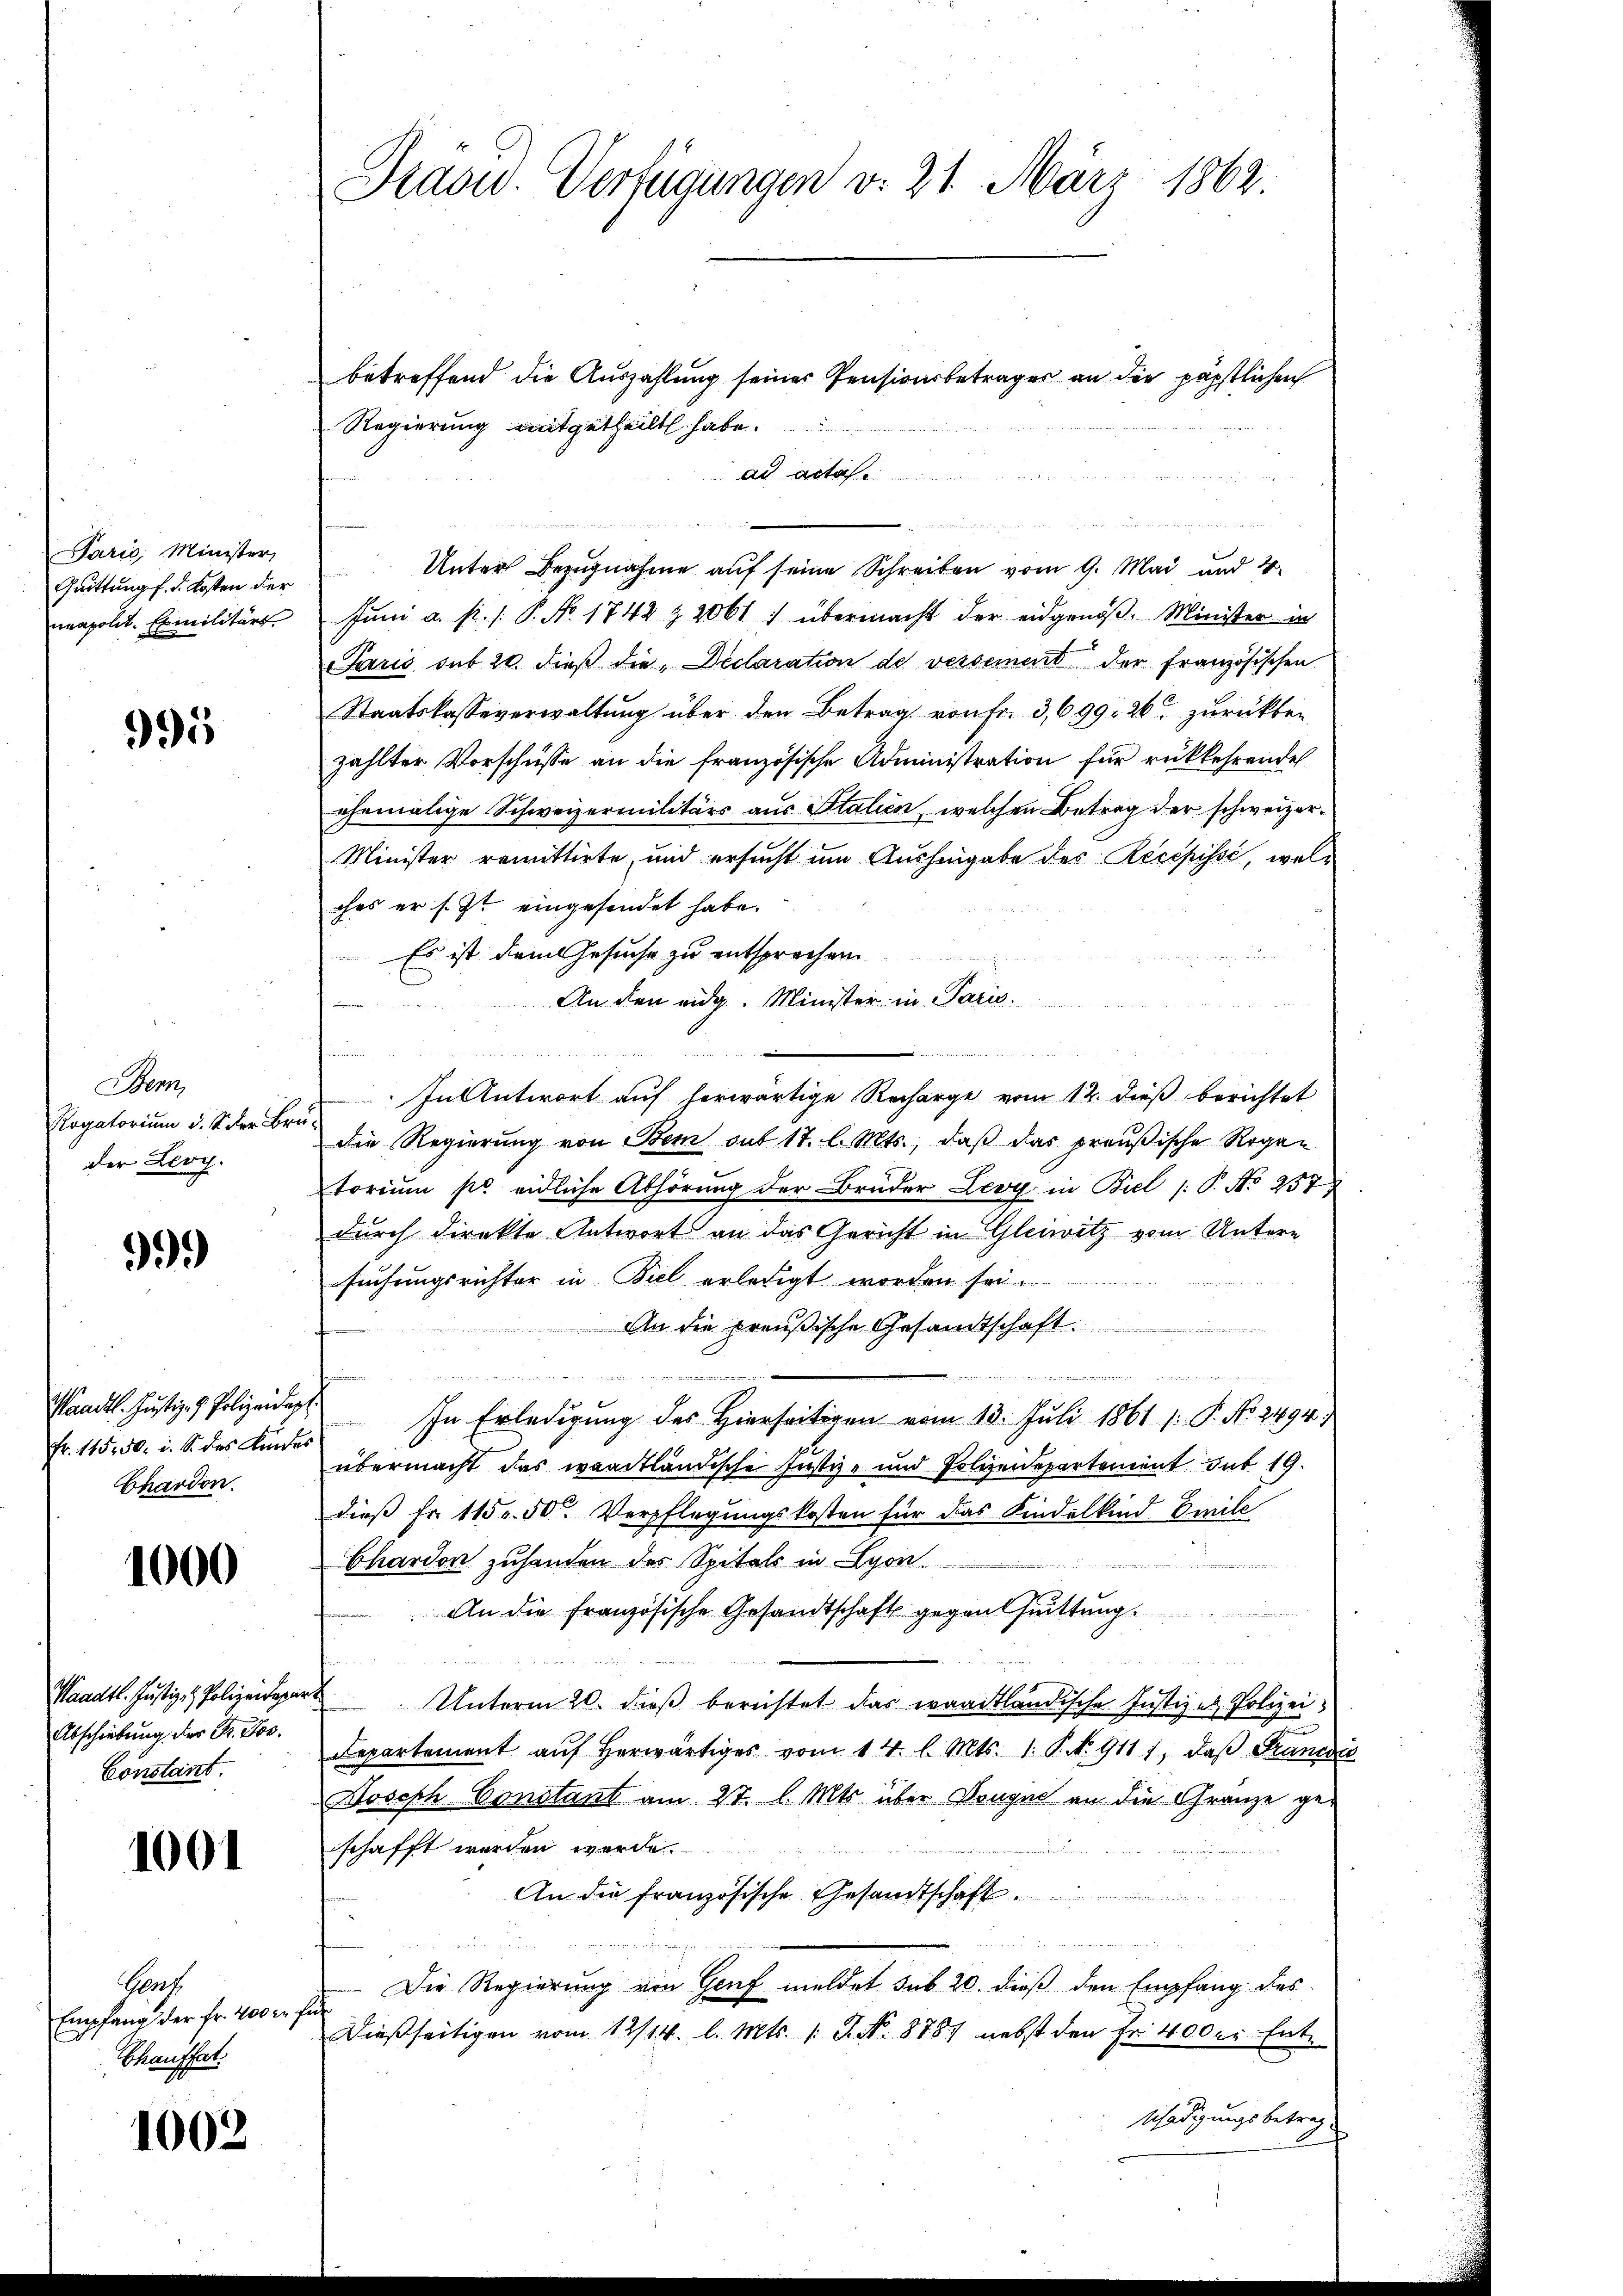
Paris, Minister,
Quittung f. d. Kosten der
neapolit. Emilitärs

991

Ben
Rogatorium d. M. der Br.
der Leoy.

999

Waadt. Justiz- & Polizeideg
Fr. 11550 u. S. des Kinde
bhardon.

1000

Waadt. Justiz- & Polizeitage
Abschiebung der Dr. Jos.
Constant.

1001

Prach
Empfang der Fr. 400 r
Chaufhat:

1002

Traow. Verfügungen v. 21. März 1862

betreffend die Auszahlung seiner Pensionsbetrages an die päpstlichen
Regierung mitgetheilt habe.
ad acta
Unter Bezugnahme auf seine Schreiben vom 9. Mai und 4
Juni a. s. /: P. No. 1742 Z. 2061 : übermacht der eidgenöß. Minister in
Jaris sub 20. dieß die Declaration des versement der Französischen
Staatskasseverwaltung über den Betrag von Fr. 3,699. 26 zurückten
zählter Vorschüsse an die französische Administration für rückkehrende
ehemalige Schweizermilitärs aus Italien, welchen Betrag der schweizer¬
Minister remittirte, und ersucht im Aushingabe der Recepisse, welches er s. Zt. eingesendet habe.
Es ist dem Gesuche zu entsprechen
An den eidg. Minister in Paris.
¬

e
In Antwort auf herwärtige Recharge vom 12. dieß berichtet
i
Die Regierung von Bem sub 17. l. Mts., daß das preußische Rogan
torium pr. eidliche Abhörung der Brüder Leog in Biel /: P. Nr. 257
durch direkte Antwort an das Gericht in Gleiwitz vom Untern
suchungsrichter in Biel erledigt worden sei.
An die preußische Gesandtschaft.

f
In Erledigung des Hierseitigen vom 13. Juli 1861 [ P. No. 2494.
übermacht das waadtländische Justiz- und Polizeidepartement sub 19.
dieß Fr. 115. 50. Verpflegungskosten für das Kindelkind Emile
Chardon zuhanden des Spitals in Lyon.
An die Französische Gesandtschaft gegenheittrag
Unterm 20. dieβ berichtet das waadtländische Justiz es Polizei.
Departement aŭf herwärtiges vom 14. l. Mts. 1. P. No 9111, daß Francsić
oseph Constant am 27. l. Mts. über Kongue an die Gränze geschafft worden werde.
An die französische Gesandtschaft
 Die Regierung von Genf meldet sub 20. dieß den Empfang des
i
Dießseitigen vom 12/14. l. Mts. 1. J. N. 8787 nebst den Fr. 400 er Entschädigungsbetrag

u